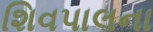
શિવપાલના